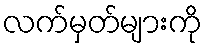
လက်မှတ်များကို